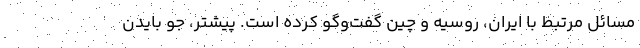
مسائل مرتبط با ایران، روسیه و چین گفت‌وگو کرده است. پیشتر، جو بایدن